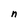
Character: n